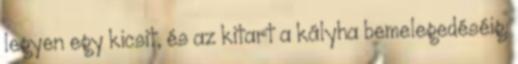
legyen egy kicsit, és az kitart a kályha bemelegedéséig.